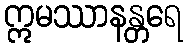
ဣမဿာနန္တရေ